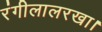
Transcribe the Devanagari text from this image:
रंगीलालरखा।